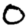
Digit: 0